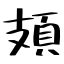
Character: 頍